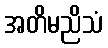
အတိမညိသံ